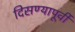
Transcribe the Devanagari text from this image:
दिसण्यापूर्वी